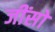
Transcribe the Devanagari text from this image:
जींसो